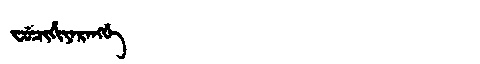
Manchu: ᠸᡠᠴᡳᡥᡳᠶᠠᡵᠠᠩᡤᡝ
Romanization: FUCIHIYARANGGE